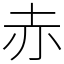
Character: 赤